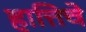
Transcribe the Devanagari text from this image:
हात्तिचे